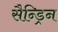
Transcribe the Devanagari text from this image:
सैन्ड्रिन